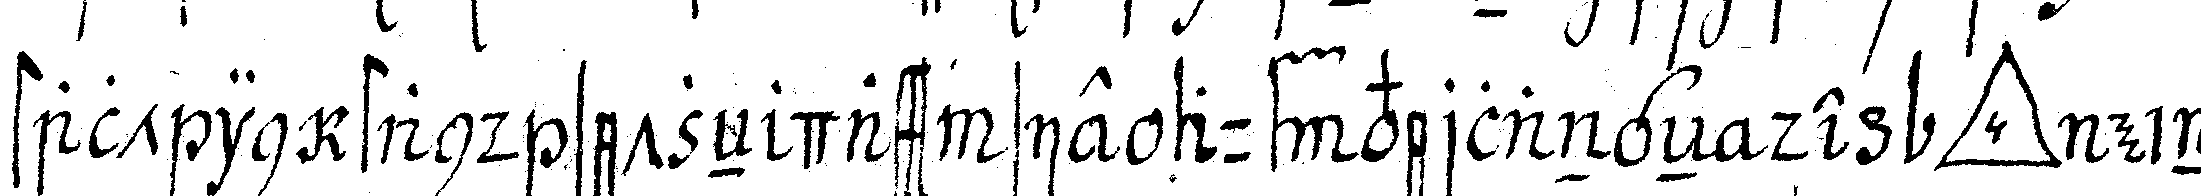
stalt in stand setzeN dass sie auf verlangeN de  *tri..* ein